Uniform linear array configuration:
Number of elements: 64
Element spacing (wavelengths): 0.5
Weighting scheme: blackman
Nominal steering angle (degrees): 45
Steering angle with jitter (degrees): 45.2
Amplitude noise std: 0.05
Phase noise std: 0.05

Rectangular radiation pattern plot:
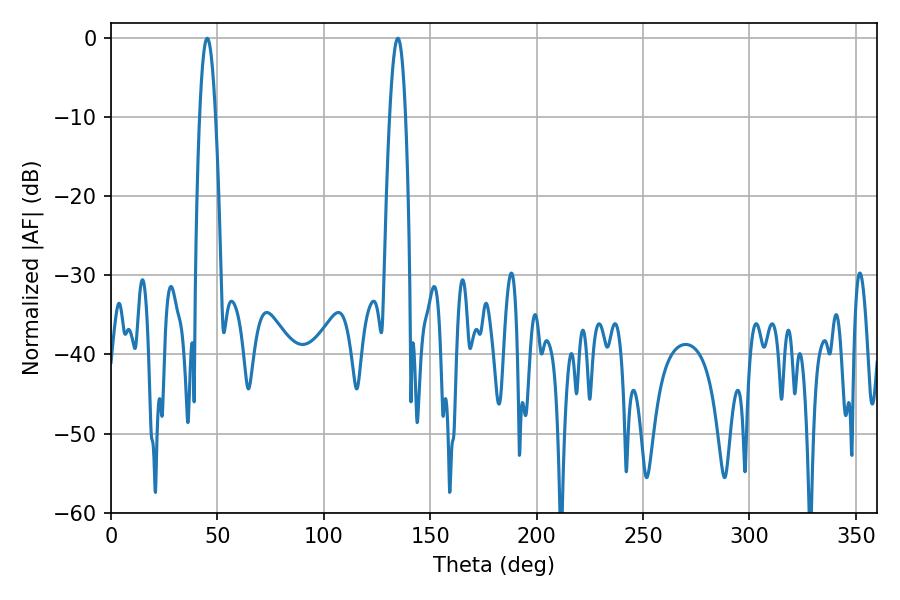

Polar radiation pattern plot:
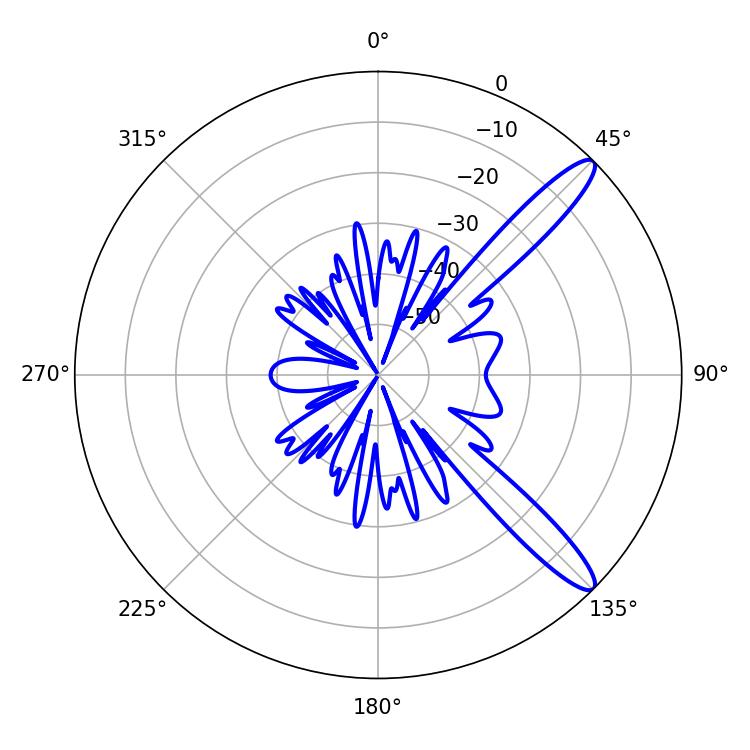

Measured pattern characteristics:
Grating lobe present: FALSE
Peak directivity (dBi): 12.561
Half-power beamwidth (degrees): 4.14
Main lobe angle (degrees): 45.18